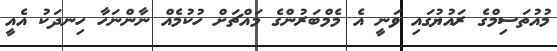
މުއުތަސިމްގެ ރައުޔުގައި ވަނީ އެ މެމްބަރުންގެ މައްޗަށް ހުކުމެއް ނާންނަހާ ހިނދަކު އެއީ